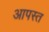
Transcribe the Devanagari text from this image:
आपस्त